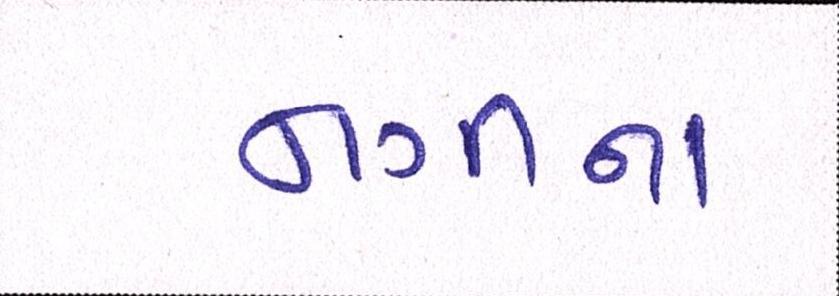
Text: નગીના